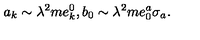
a _ { k } \sim \lambda ^ { 2 } m e _ { k } ^ { 0 } , b _ { 0 } \sim \lambda ^ { 2 } m e _ { 0 } ^ { a } \sigma _ { a } .